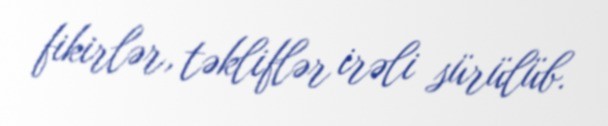
fikirlər, təkliflər irəli sürülüb.